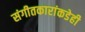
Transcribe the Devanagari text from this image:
संगीतकारांकडेही